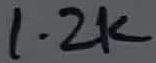
Text: 1.2K